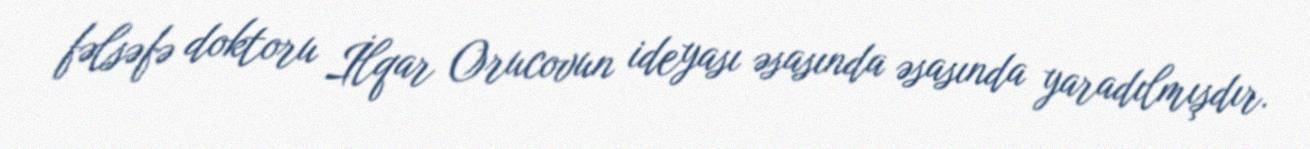
fəlsəfə doktoru İlqar Orucovun ideyası əsasında əsasında yaradılmışdır.